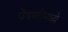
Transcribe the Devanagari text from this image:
पेषणीमध्ये